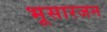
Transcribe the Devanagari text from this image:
भूसारजन